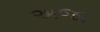
અજા